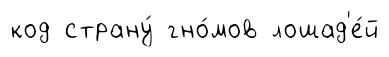
код страну́ гно́мов лошад'е́й